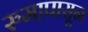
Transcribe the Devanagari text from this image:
रुमापासून